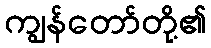
ကျွန်တော်တို့၏